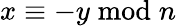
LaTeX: x\equiv-y{\bmod{n}}